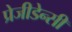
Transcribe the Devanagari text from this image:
प्रेजीडेन्सी